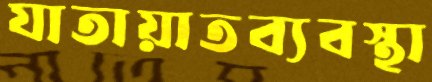
যাতায়াতব্যবস্থা